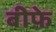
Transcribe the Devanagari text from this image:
बीफे